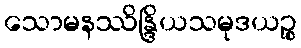
သောမနဿိန္ဒြိယသမုဒယဉ္စ